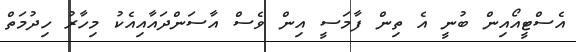
އެސްޓީއޯއިން ބުނީ އެ ތިން ފާމަސީ އިން ވެސް އާސަންދައާއިއެކު މިހާރު ހިދުމަތް